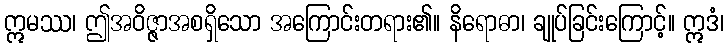
ဣမဿ၊ ဤအဝိဇ္ဇာအစရှိသော အကြောင်းတရား၏။ နိရောဓာ၊ ချုပ်ခြင်းကြောင့်။ ဣဒံ၊